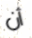
أن